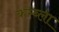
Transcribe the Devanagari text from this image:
कम्ब्ला